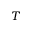
T